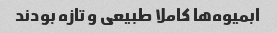
ابمیوه‌ها کاملا طبیعی و تازه بودند